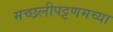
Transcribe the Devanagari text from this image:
मच्छलीपट्टणमच्या